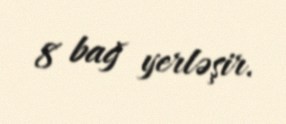
8 bağ yerləşir.